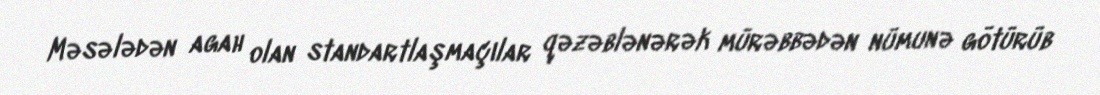
Məsələdən agah olan standartlaşmaçılar qəzəblənərək mürəbbədən nümunə götürüb